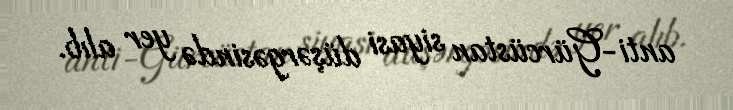
anti-Gürcüstan siyasi düşərgəsində yer alıb.